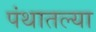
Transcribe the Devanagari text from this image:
पंथातल्या